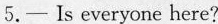
5.— Is everyone here?